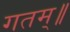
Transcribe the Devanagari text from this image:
गतम्॥